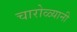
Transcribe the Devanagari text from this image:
चारोळ्यानी